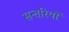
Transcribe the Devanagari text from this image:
सन्तरियों